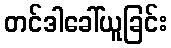
တင်ဒါခေါ်ယူခြင်း